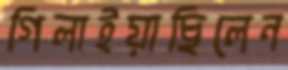
গিলাইয়াছিলেন